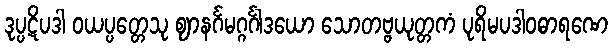
ဒုပ္ပဋိပဒါ ဝယပ္ပတ္တေသု ဈာနင်္ဂမဂ္ဂင်္ဂါဒယော သောတဗ္ဗယုတ္တကံ ပုရိမပဒါဝဓာရဏေ